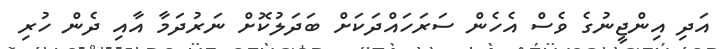
އަދި އިންޖީނުގެ ވެސް އެހެން ސަރަހައްދަކަށް ބަދަލުކޮށް ނަރުދަމާ އާއި ދެން ހުރި